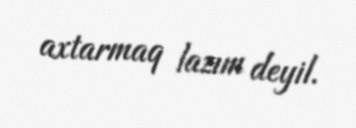
axtarmaq lazım deyil.